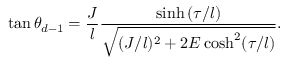
\tan \theta _ { d - 1 } = \frac { J } { l } \frac { \sinh { ( \tau / l ) } } { \sqrt { ( J / l ) ^ { 2 } + 2 E \cosh ^ { 2 } ( \tau / l ) } } .